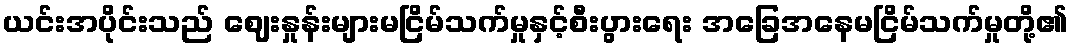
ယင်းအပိုင်းသည် ဈေးနှုန်းများမငြိမ်သက်မှုနှင့်စီးပွားရေး အခြေအနေမငြိမ်သက်မှုတို့၏